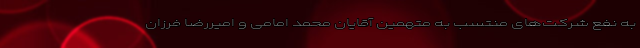
به نفع شرکت‌های منتسب به متهمین آقایان محمد امامی و امیررضا فرزان